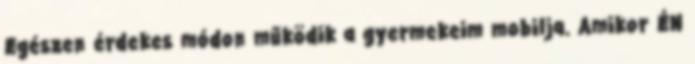
Egészen érdekes módon működik a gyermekeim mobilja. Amikor ÉN